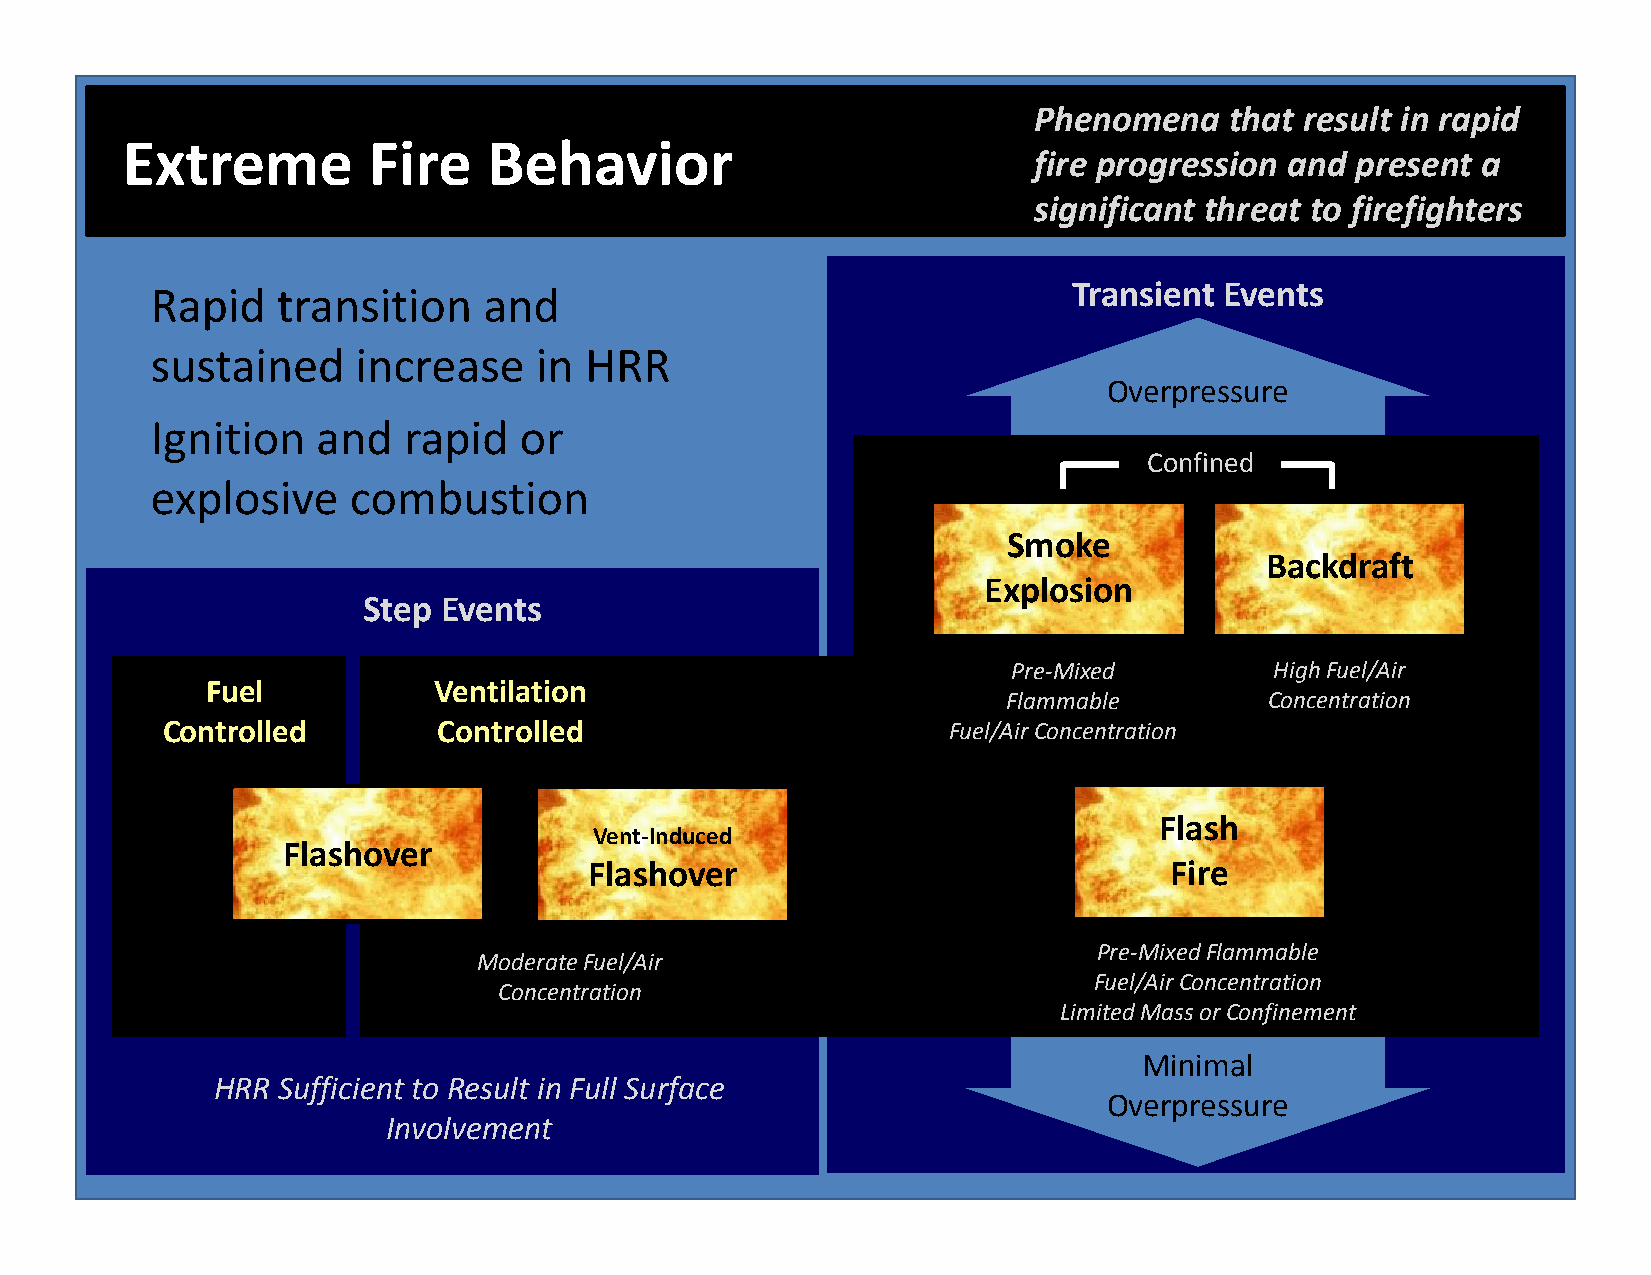
Phenomena    that result in rapid
 Extreme         Fire    Behavior
 fire progression and  present a
 significant threat to firefighters
 Rapid   transition    and                                    Transient Events
 sustained     increase   in  HRR
 OOvveerrpprreessssuurree
 Ignition   and   rapid  or
 Confined
 explosive    combustion
 SSmmookkee
 BBackkddrafftt
 Explosion
 Step Events
 Pre‐Mixed        High Fuel/Air
 Fuel           Ventilation
 Flammable        Concentration
 Controlled        Controlled                        Fuel/Air Concentration
 Flash
 Vent‐Induced
 Flashover
 FFllaasshhoovveerr                    FFiirree
 Pre‐Mixed Flammable
 Moderate Fuel/Air
 Fuel/Air Concentration
 Concentration
 Limited Mass or Confinement
 Minimal
 HRR Sufficient to Result in Full Surface
 Overpressure
 Involvement
 Central Whidbey Island Fire & Rescue Professionalism ● Integrity ● Compassion ● Excellence REV 1.0